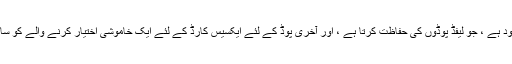
غدار اسٹیشن پر بھی موجود ہے ، جو لیفڈ پوڈوں کی حفاظت کرتا ہے ، اور آخری پوڈ کے لئے ایکسیس کارڈ کے لئے ایک خاموشی اختیار کرنے والے کو سائلینسر کو چیلنج کرتا ہے۔